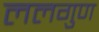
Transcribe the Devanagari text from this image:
ललगुण